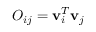
O _ { i j } = { \bf v } _ { i } ^ { T } { \bf v } _ { j }